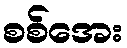
စစ်အေး